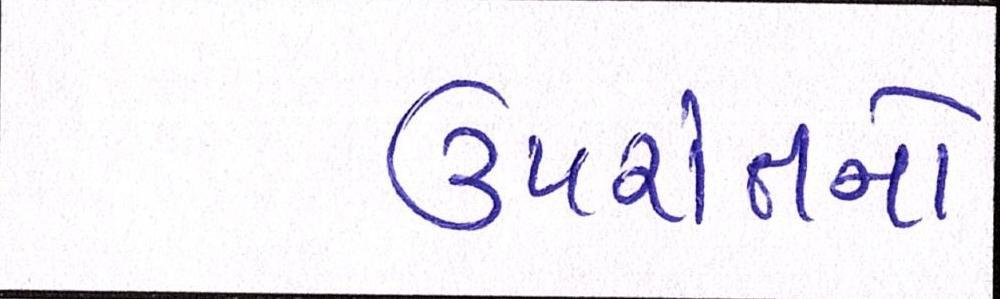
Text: ઉપરાંતનો